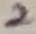
Text: 2